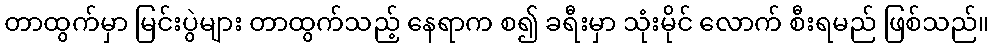
တာထွက်မှာ မြင်းပွဲများ တာထွက်သည့် နေရာက စ၍ ခရီးမှာ သုံးမိုင် လောက် စီးရမည် ဖြစ်သည်။